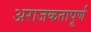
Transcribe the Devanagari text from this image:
अराजकतापूर्ण